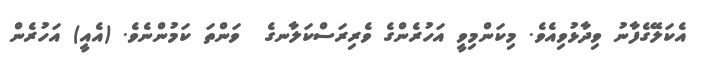
އެކަލޭގެފާނު ވިދާޅުވިއެވެ. މިކަންމިވީ އަހުރެންގެ ވެރިރަސްކަލާނގެ  ވަންތަ ކަމުންނެވެ. (އެއީ) އަހުރެން